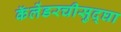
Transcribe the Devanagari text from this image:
कॅलेंडरचीसुद्घा